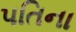
પતિના